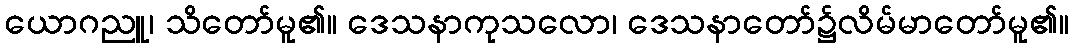
ယောဂညူ၊ သိတော်မူ၏။ ဒေသနာကုသလော၊ ဒေသနာတော်၌လိမ်မာတော်မူ၏။